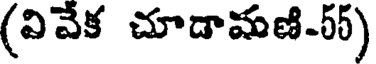
(వివేక చూడామణి-55)